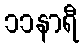
၁၁နာရီ